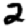
Digit: 2